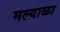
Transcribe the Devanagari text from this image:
मल्याळा